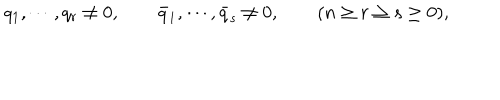
q _ { 1 } , \cdots , q _ { r } \neq 0 , \qquad \bar { q } _ { 1 } , \cdots , \bar { q } _ { s } \neq 0 , \qquad ( n \geq r \geq s \geq 0 ) ,